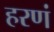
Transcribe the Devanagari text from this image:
हरणं